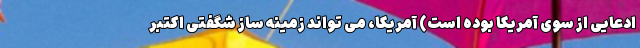
ادعایی از سوی آمریکا بوده است) آمریکا، می تواند زمینه ساز شگفتی اکتبر